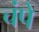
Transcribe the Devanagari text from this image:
चंपे